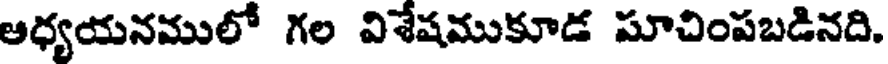
అధ్యయనములో గల విశేషముకూడ పూచింపబడినది.